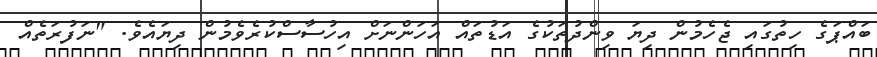
ބައްޕަގެ ހިތުގައި ޖެހެމުން ދިޔަ ވިންދުތަކުގެ އަޑުތައް އަހަންނަށް އިހުސާސްކުރެވެމުން ދިޔައެވެ. "ނަފުރަތެއް